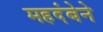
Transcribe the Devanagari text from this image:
महदंबेने